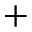
+